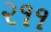
૨૧૧